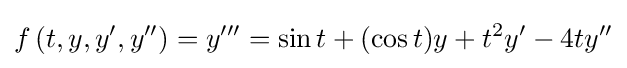
f\left(t,y,y',y''\right)=y'''=\sin {t}+(\cos {t})y+t^{2}y'-4ty''